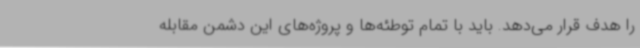
را هدف قرار می‌دهد. باید با تمام توطئه‌ها و پروژه‌های این دشمن مقابله